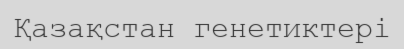
Қазақстан генетиктері